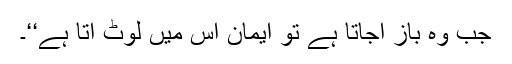
جب وہ باز آجاتا ہے تو ایمان اس میں لوٹ آتا ہے‘‘۔